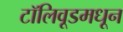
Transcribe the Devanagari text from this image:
टॉलिवूडमधून